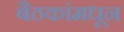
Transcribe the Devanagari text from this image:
बैठकांमधून